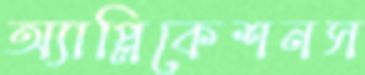
অ্যাপ্লিকেশনস